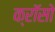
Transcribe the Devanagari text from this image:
क्रॉसो